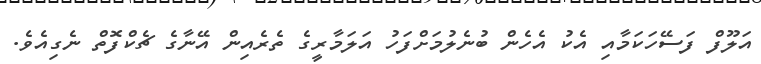
އަލޫފް ފަސޭހަކަމާއި އެކު އެހެން ބުނެލުމަށްފަހު އަލަމާރީގެ ތެރެއިން އޭނާގެ ޗެކްފޮތް ނެގިއެވެ.